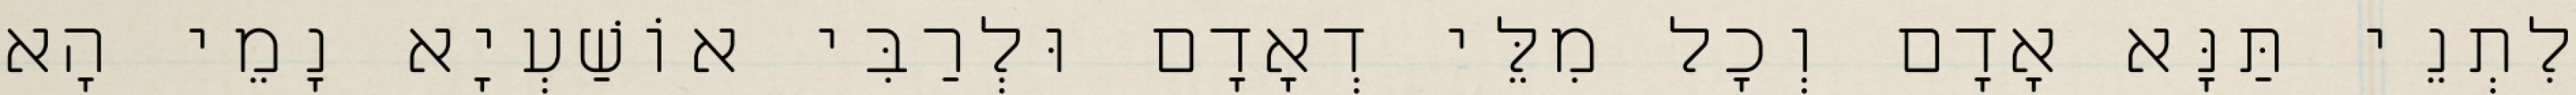
לִתְנֵי תַּנָּא אָדָם וְכׇל מִלֵּי דְאָדָם וּלְרַבִּי אוֹשַׁעְיָא נָמֵי הָא